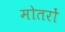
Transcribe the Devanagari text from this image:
मोतरों